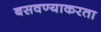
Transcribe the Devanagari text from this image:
बसवण्याकरता